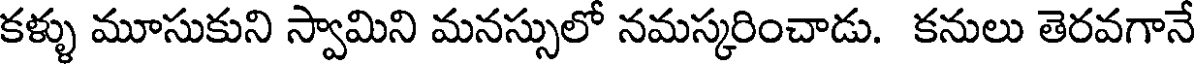
కళ్ళు మూసుకుని స్వామిని మనస్సులో నమస్కరించాడు. కనులు తెరవగానే